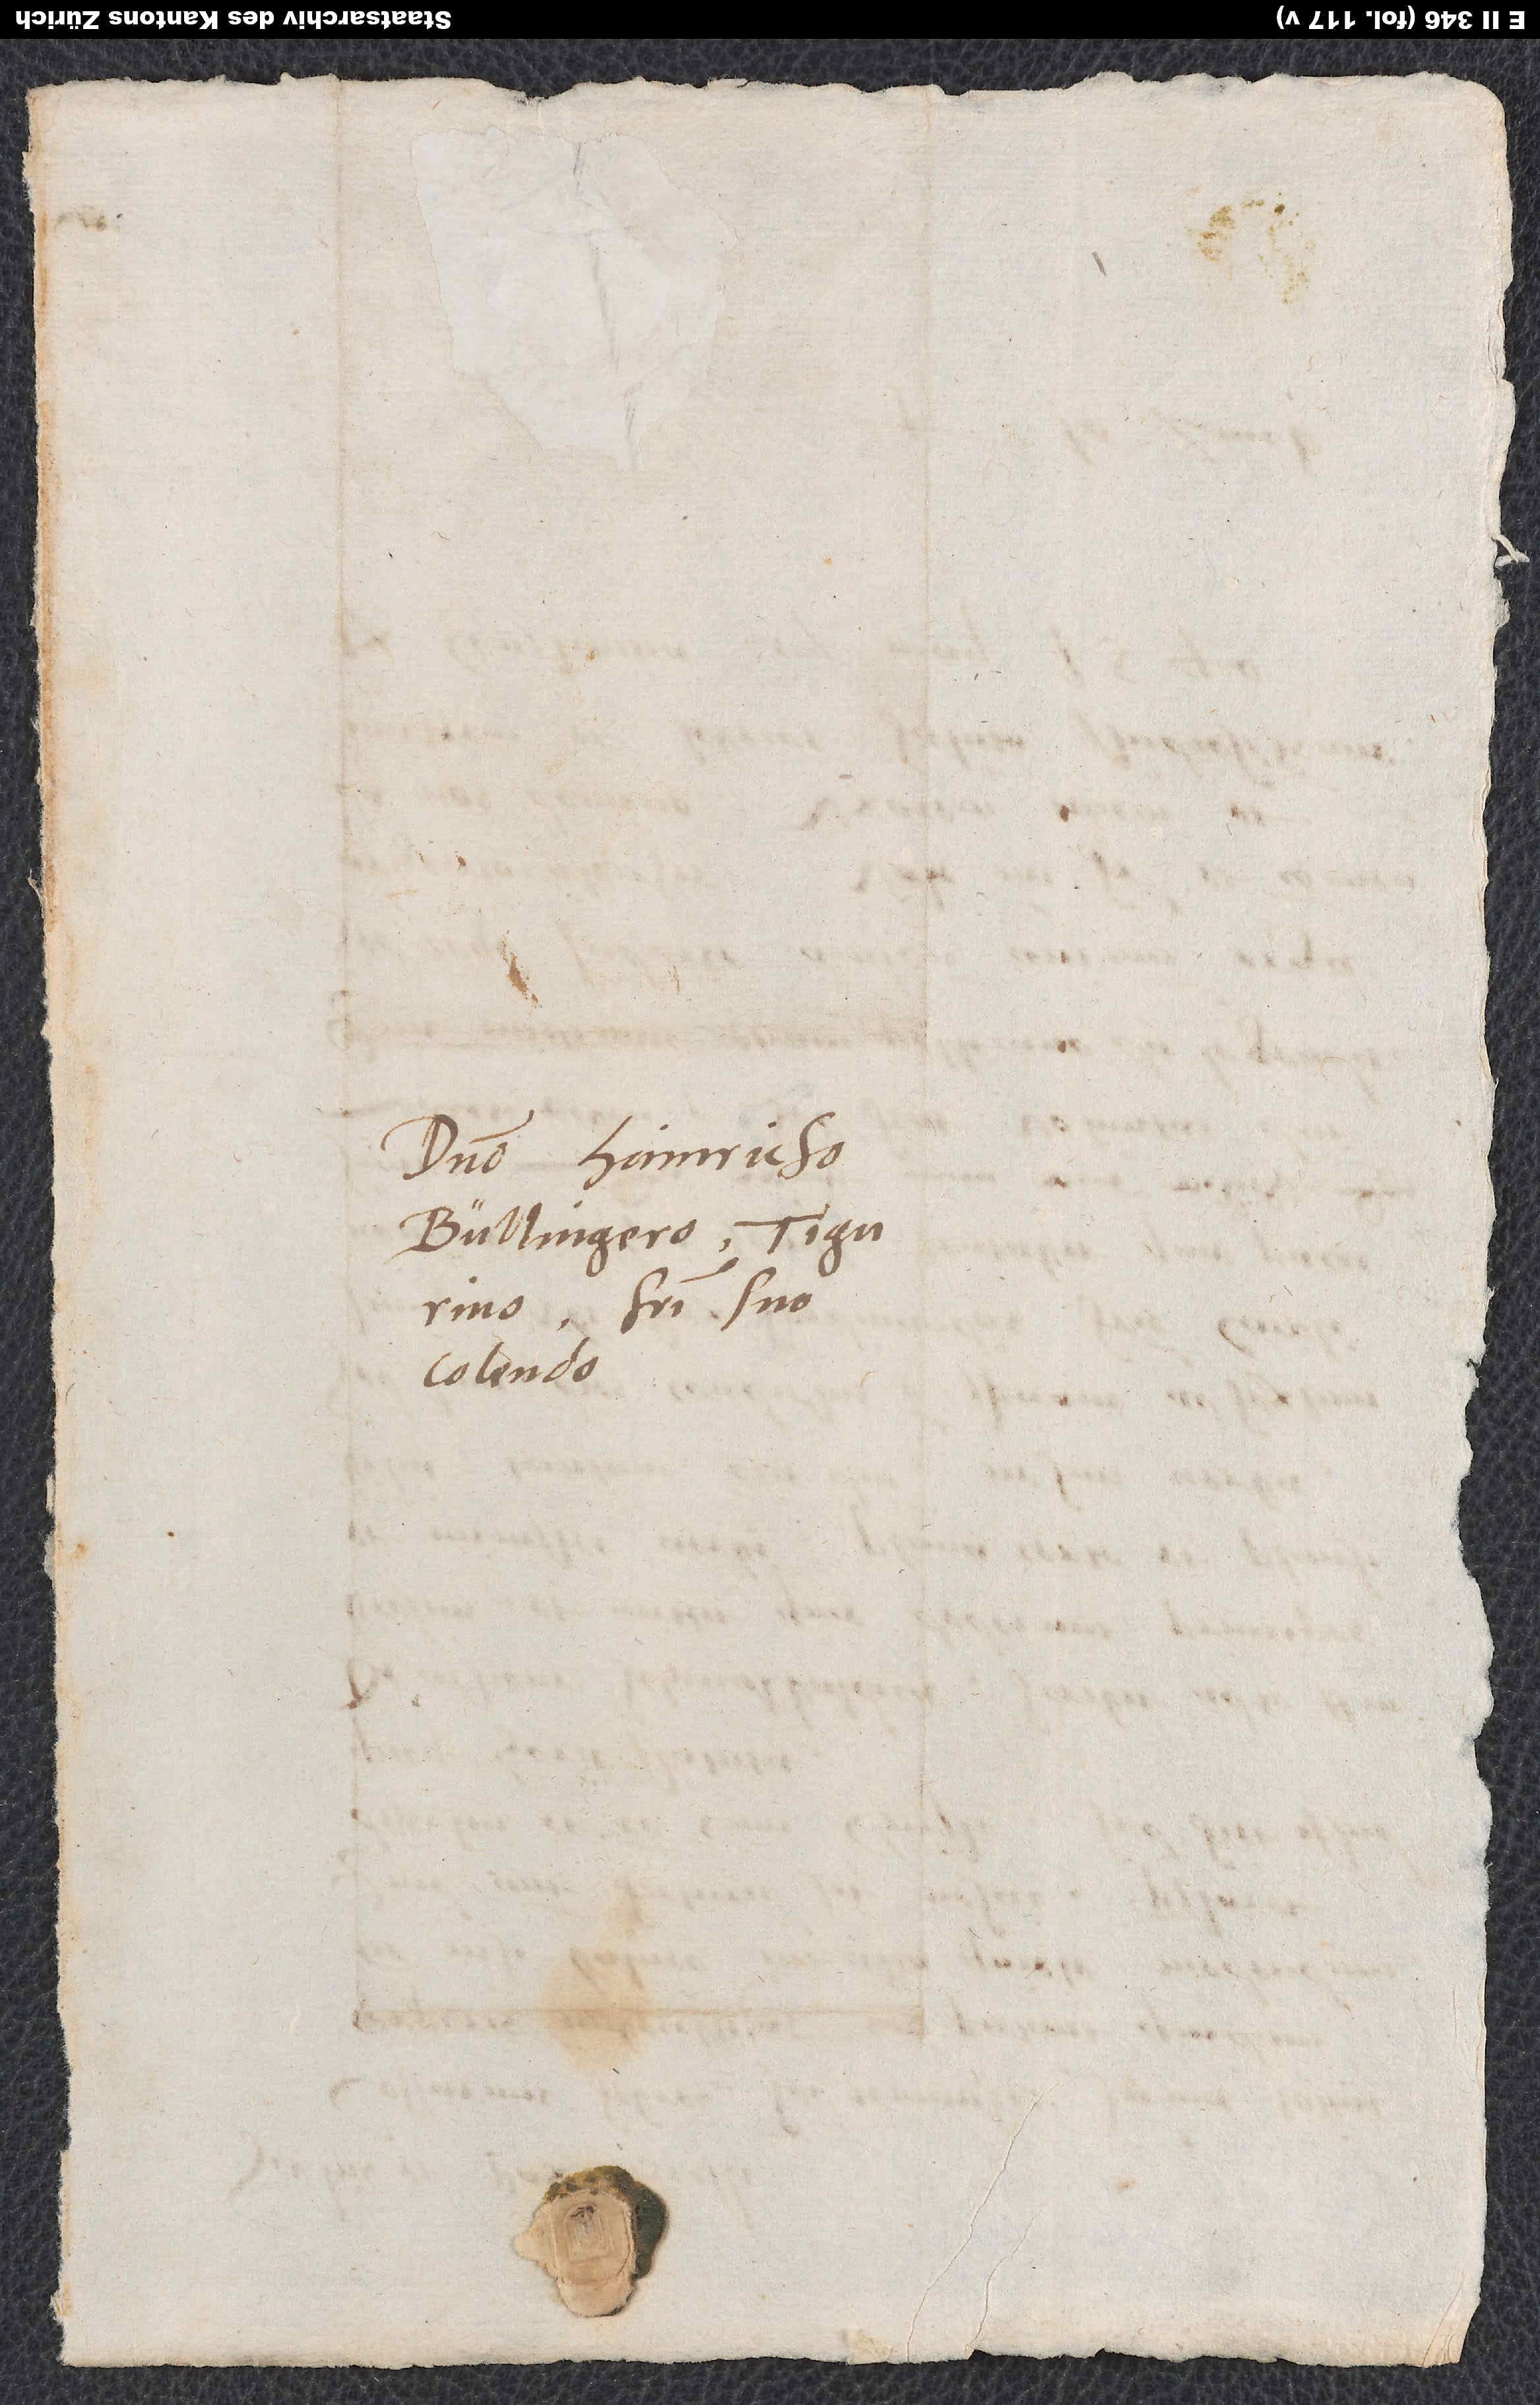
Domino Hainricho
Bullingero Tigurino,
fratri suo
colendo.